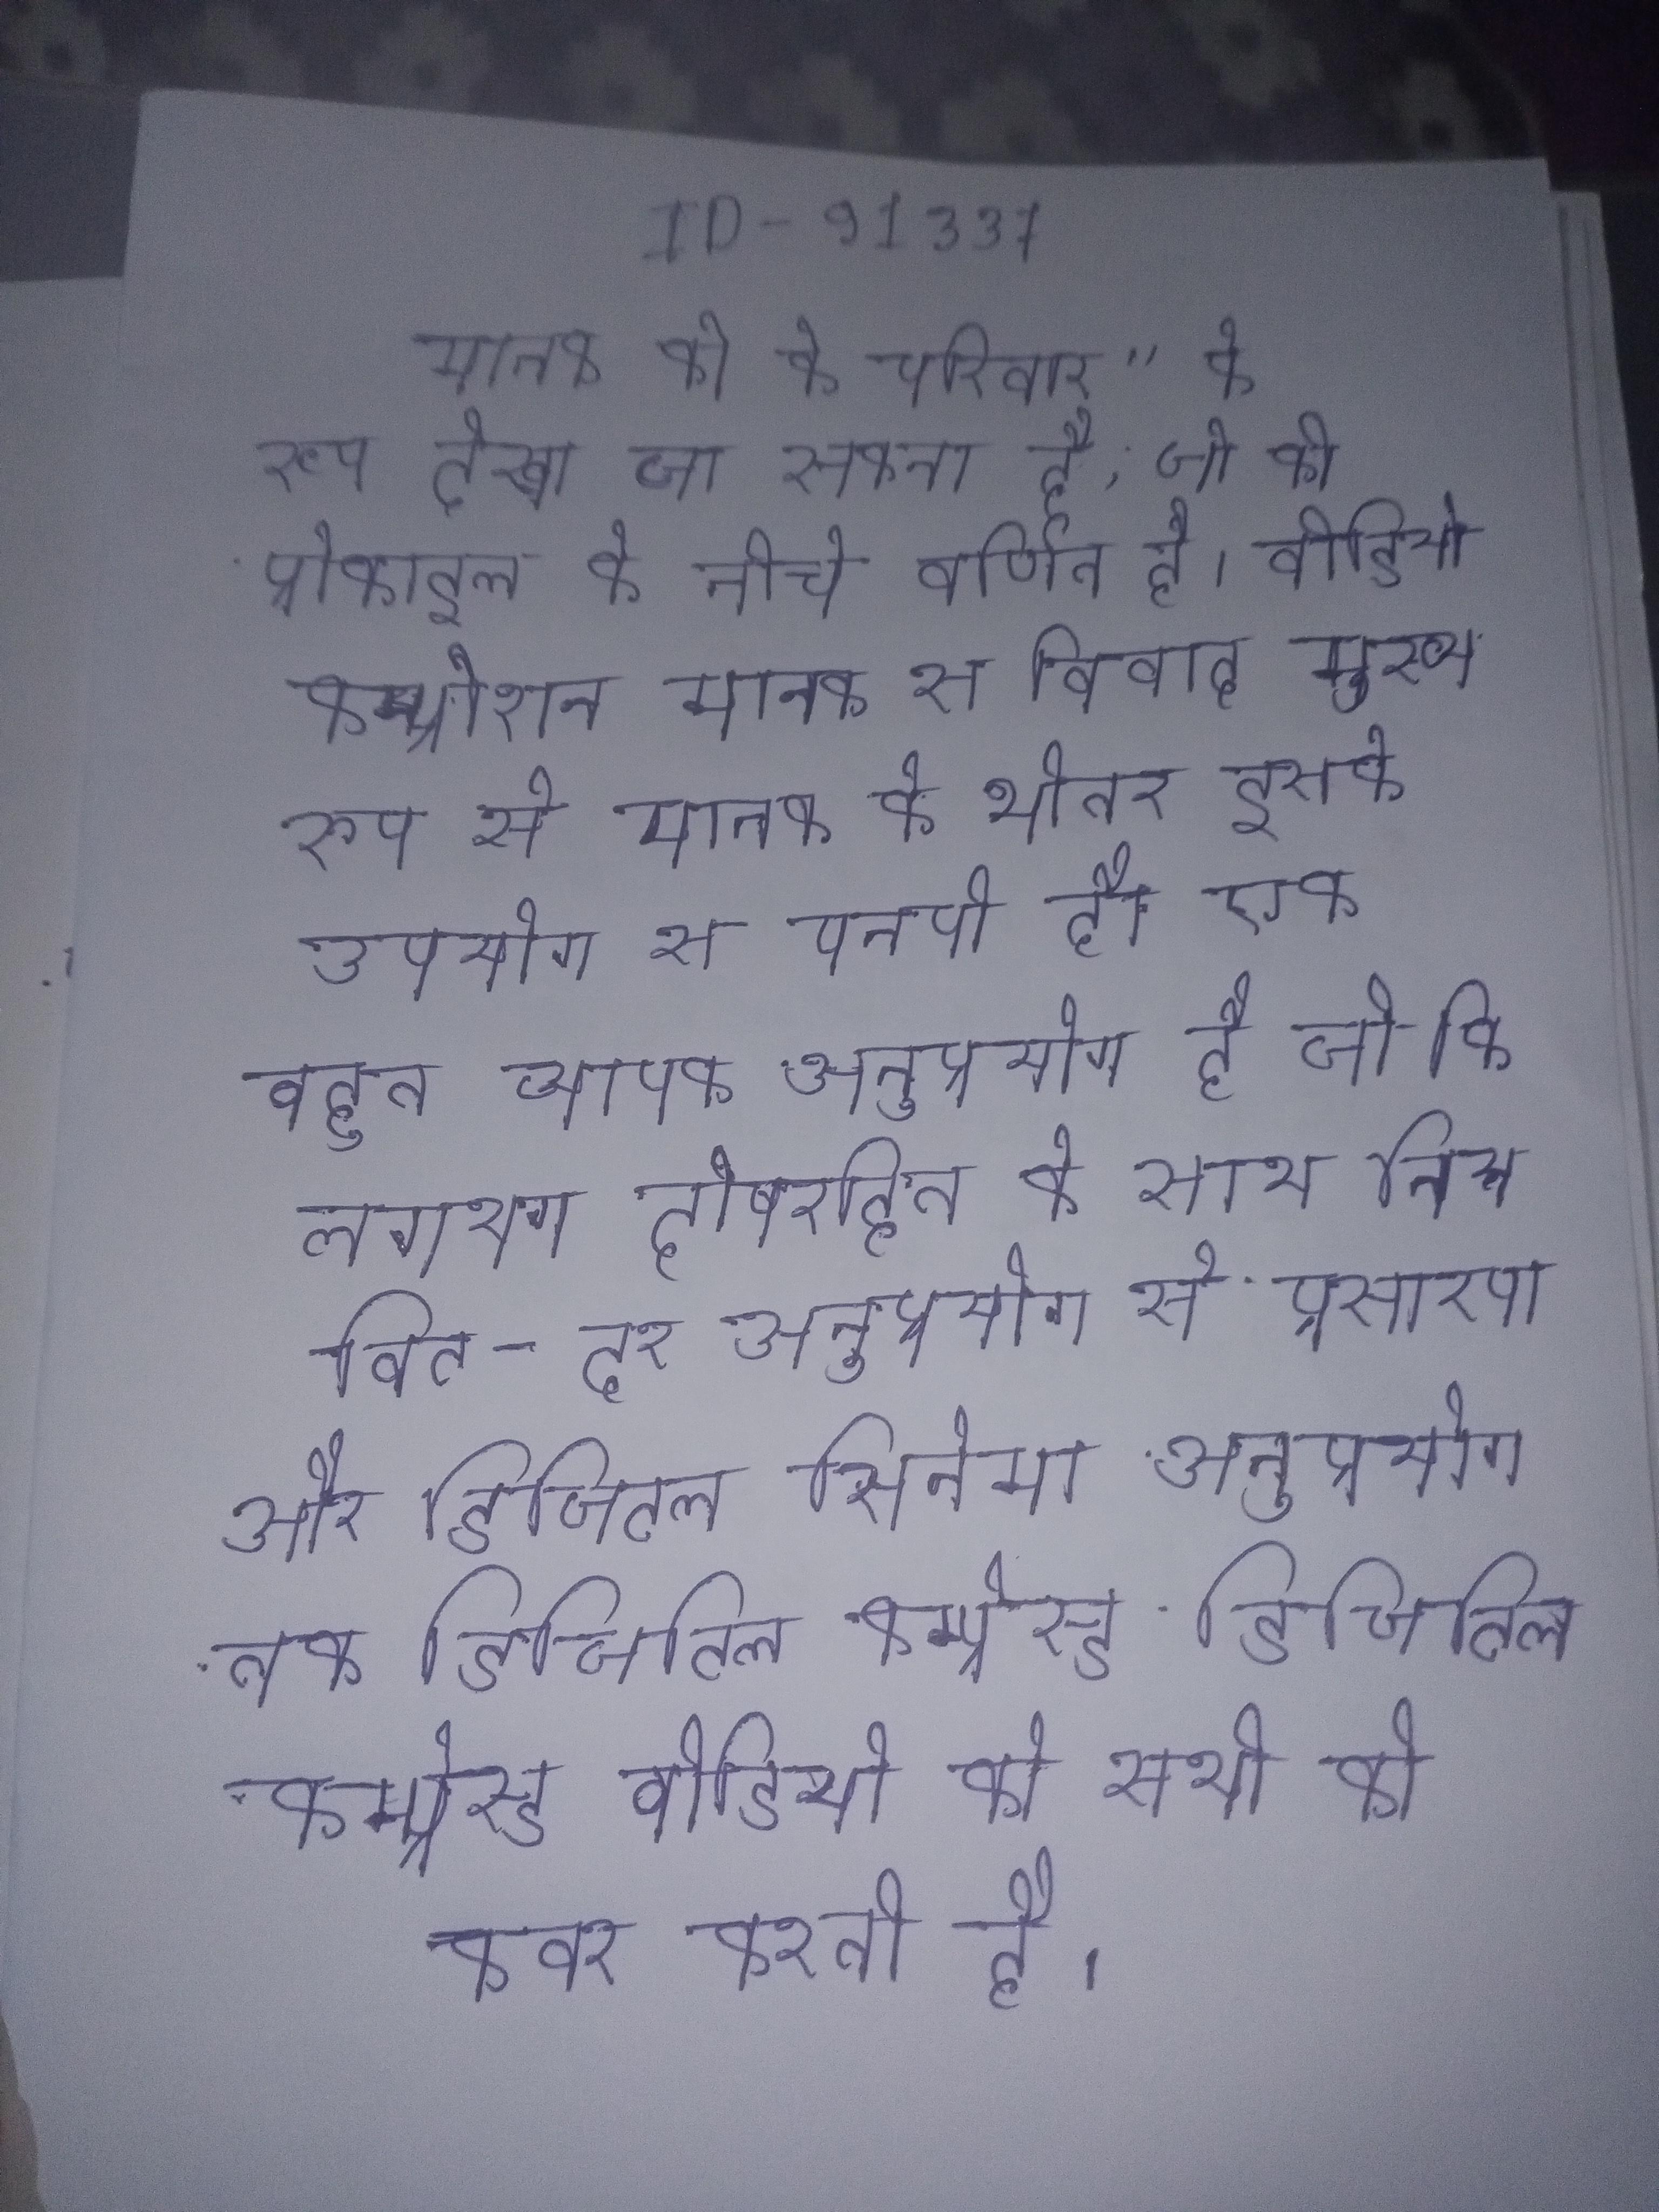
मानक को के परिवार" के रूप देखा जा सकता है, जो की प्रोफाइल के नीचे वर्णित है । वीडियो कम्प्रेशन मानक से विवाद मुख्य रूप से मानक के भीतर इसके उपयोग से पनपी है । वीडियो प्रारूप का एक बहुत व्यापक अनुप्रयोग है जो कि लगभग दोषरहित के साथ निम्न बिट-दर अनुप्रयोग से प्रसारण और डिजिटल सिनेमा अनुप्रयोग तक डिजिटल कम्प्रेस्ड वीडियो के सभी को कवर करती है ।